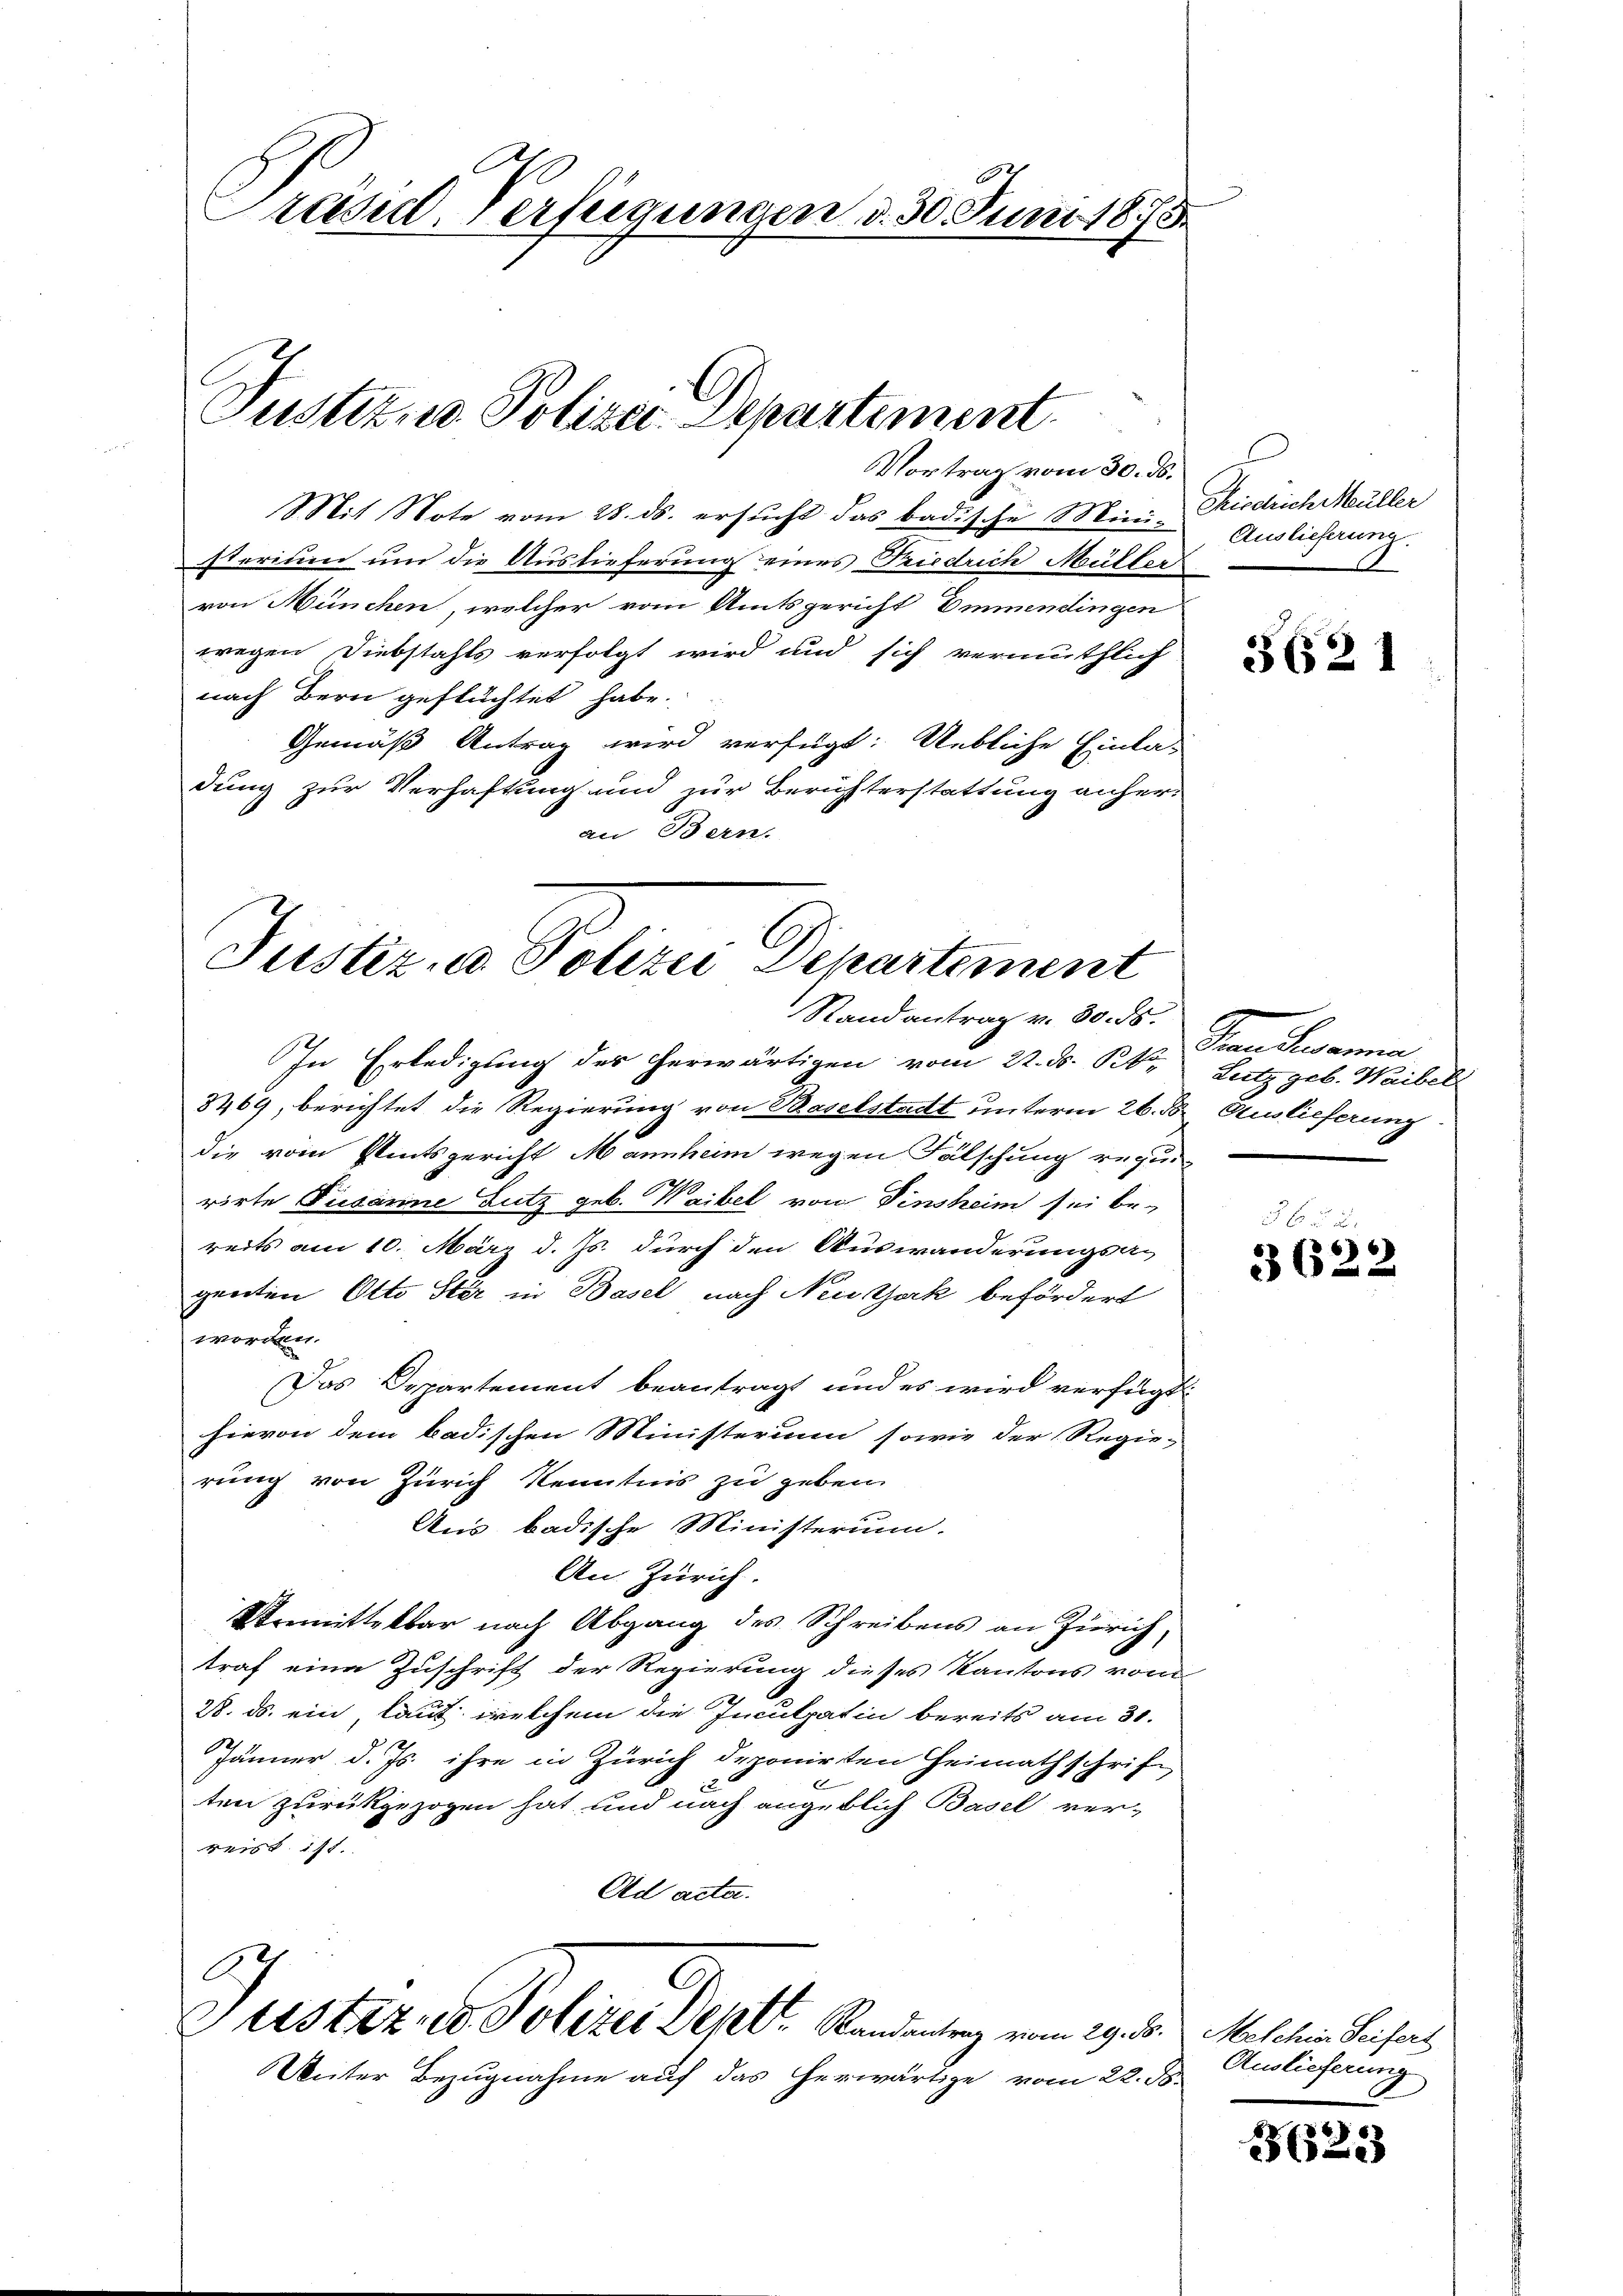
Presul-Verfügungen d. 30. Juni 185

Justiz, u. Polizei Departement
Vortrag vom 30. ds.

Mit Note vom 28. ds. ersucht das badische Mini- Auslicherung.
seerinen um die Auslieferung eines Friedrich Müller
von München, welcher vom Amtsgericht Emmendingen
wegen Diebstahls verfolgt wird und sich vermuthlich
nach Bern geflüchtet habe.
Gemäß Antrag wird verfügt: Uebliche Einla-
dung zur Verhaftung und zur Berichterstattung anheran Bern.

Justiz u. Polizei Departement
Randantrag v. 30. ds.

In Erledigung des herwärtigen vom 22. ds. Rt
8469, berichtet die Regierung von Baselstadt unterm 26. ds Auslieferung
die vom Amtsgericht Mannheim wegen Fälschung regi
rirte Fusanne Lutz geb. Waibel von Einsheim sei be-
reits am 10. März d. Js. durch den Auswanderungsa-
genten Otto Ster in Basel nach Neustark befördert
worden.
Das Departement beantragt und es wird verfügt:
hievon dem badischen Ministerium sowie der Regie-
rung von Zürich Kenntnis zu geben.
Aus badische Ministerium.
An Zürich.
Unmittelbar nach Abgang des Schreibens an Zürich,
traf eine Zuschrift der Regierung dieses Kantons vom
28. ds. ein, laut: welchem die Inculpatin bereits am 30.
Jänner d. Js. ihre in Zürich deponirten Heimathschrif
ten zurückgezogen hat, und nach angeblich Basel ver-
reist ist.
Ad acta.

A.
Stistiz, ed. Polizei Dept. Randentrag vom 29. 5.

Unter Bezugnahme auf das herwärtige vom 22. d.

Hiedrich Müller

362

Saidmannen
Lutz geb. Waibel

365 x
3622

3623

Melchin Seifert
Auslieferung